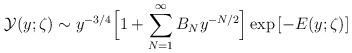
LaTeX: \begin{align*}{\mathcal Y}(y;\zeta)\sim y^{-3/4}\Bigl[1+\sum_{N=1}^{\infty}B_Ny^{-N/2}\Bigr]\exp{[-E(y;\zeta)]}\end{align*}